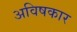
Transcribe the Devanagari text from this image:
अविषकार